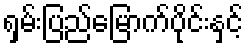
ရှမ်းပြည်မြောက်ပိုင်းနှင့်